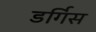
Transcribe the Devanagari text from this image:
डर्गिस